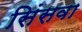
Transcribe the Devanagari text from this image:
सिंसवा